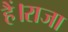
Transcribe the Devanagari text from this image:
हैं।राजा